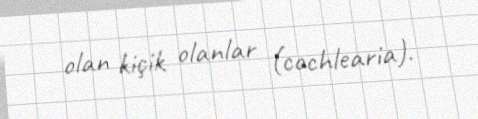
olan kiçik olanlar (cochlearia).